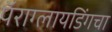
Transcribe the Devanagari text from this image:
पॅराग्लायडिंगचा